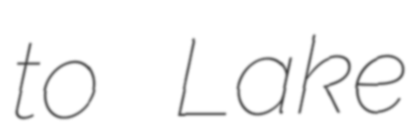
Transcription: to Lake